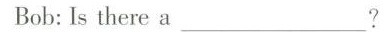
Bob: Is there a___?